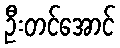
ဦးတင်အောင်